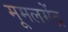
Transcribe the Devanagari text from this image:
मूमलमेंद्र